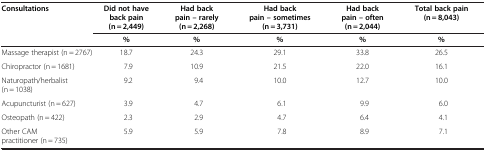
| Consultations | Did not have back pain (n = 2,449) | Had back pain – rarely (n = 2,268) | Had back pain – sometimes (n = 3,731) | Had back pain – often (n = 2,044) | Total back pain (n = 8,043) |
 |  | % | % | % | % | % |
 | --- | --- | --- | --- | --- | --- |
 | Massage therapist (n = 2767) | 18.7 | 24.3 | 29.1 | 33.8 | 26.5 |
 | Chiropractor (n = 1681) | 7.9 | 10.9 | 21.5 | 22.0 | 16.1 |
 | Naturopath/herbalist (n = 1038) | 9.2 | 9.4 | 10.0 | 12.7 | 10.0 |
 | Acupuncturist (n = 627) | 3.9 | 4.7 | 6.1 | 9.9 | 6.0 |
 | Osteopath (n = 422) | 2.3 | 2.9 | 4.7 | 6.4 | 4.1 |
 | Other CAM practitioner (n = 735) | 5.9 | 5.9 | 7.8 | 8.9 | 7.1 |